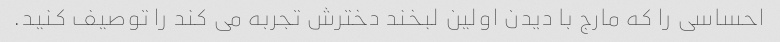
احساسی را که مارج با دیدن اولین لبخند دخترش تجربه می کند را توصیف کنید.